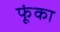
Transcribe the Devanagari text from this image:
फूंका